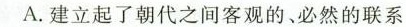
A.建立起了朝代之间客观的、必然的联系